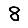
Digit: 8